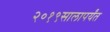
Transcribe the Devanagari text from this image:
२०१९सालापर्यंत